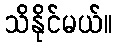
သိနိုင်မယ်။